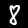
Label: 8